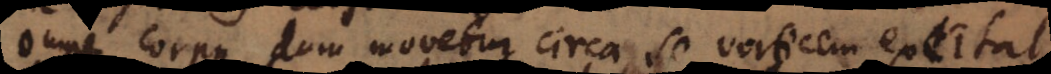
Omne corpus dum movetur circa se vorticem excitat